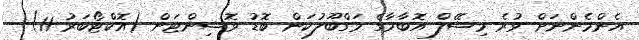
އެންމެންނަށް ވުރެ މިޝޭލް އޮބާމާގެ މަގްބޫލުކަން ބޮޑު ވޮޝިންޓަން (އޮކްޓޯބަރު 11) -